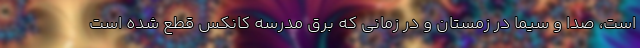
است، صدا و سیما در زمستان و در زمانی که برق مدرسه کانکس قطع شده است